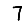
Digit: 7